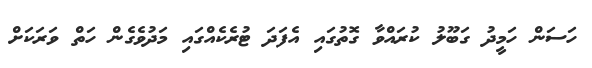
ހަސަން ހަމީދު ގަބޫލު ކުރައްވާ ގޮތުގައި އެފަދަ ޓުރެކެއްގައި މަދުވެގެން ހަތް ވަރަކަށް